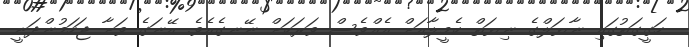
ހަގީގަތުގައި ނާޔަލްގެ ނިޔަތް ކެމީލާއަށް އެއްވެސް ވަރަކަށް ނޭނގެއެވެ. އޭނަގެ ވަށާ ޖަހަމުންދަނީ